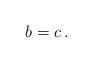
LaTeX: \begin{align*}b=c \, . \end{align*}